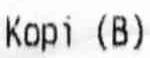
KOPI (B)